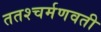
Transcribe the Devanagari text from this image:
ततश्चर्मणवती